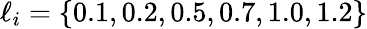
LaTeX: \ell_{i}=\{ 0.1,0.2,0.5,0.7,1.0,1.2\}